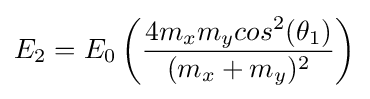
E_{2}=E_{0}\left({\frac {4m_{x}m_{y}cos^{2}(\theta _{1})}{(m_{x}+m_{y})^{2}}}\right)